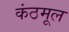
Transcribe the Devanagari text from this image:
कंठमूल